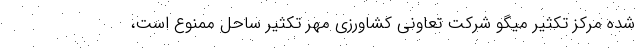
شده مرکز تکثیر میگو شرکت تعاونی کشاورزی مهر تکثیر ساحل ممنوع است،